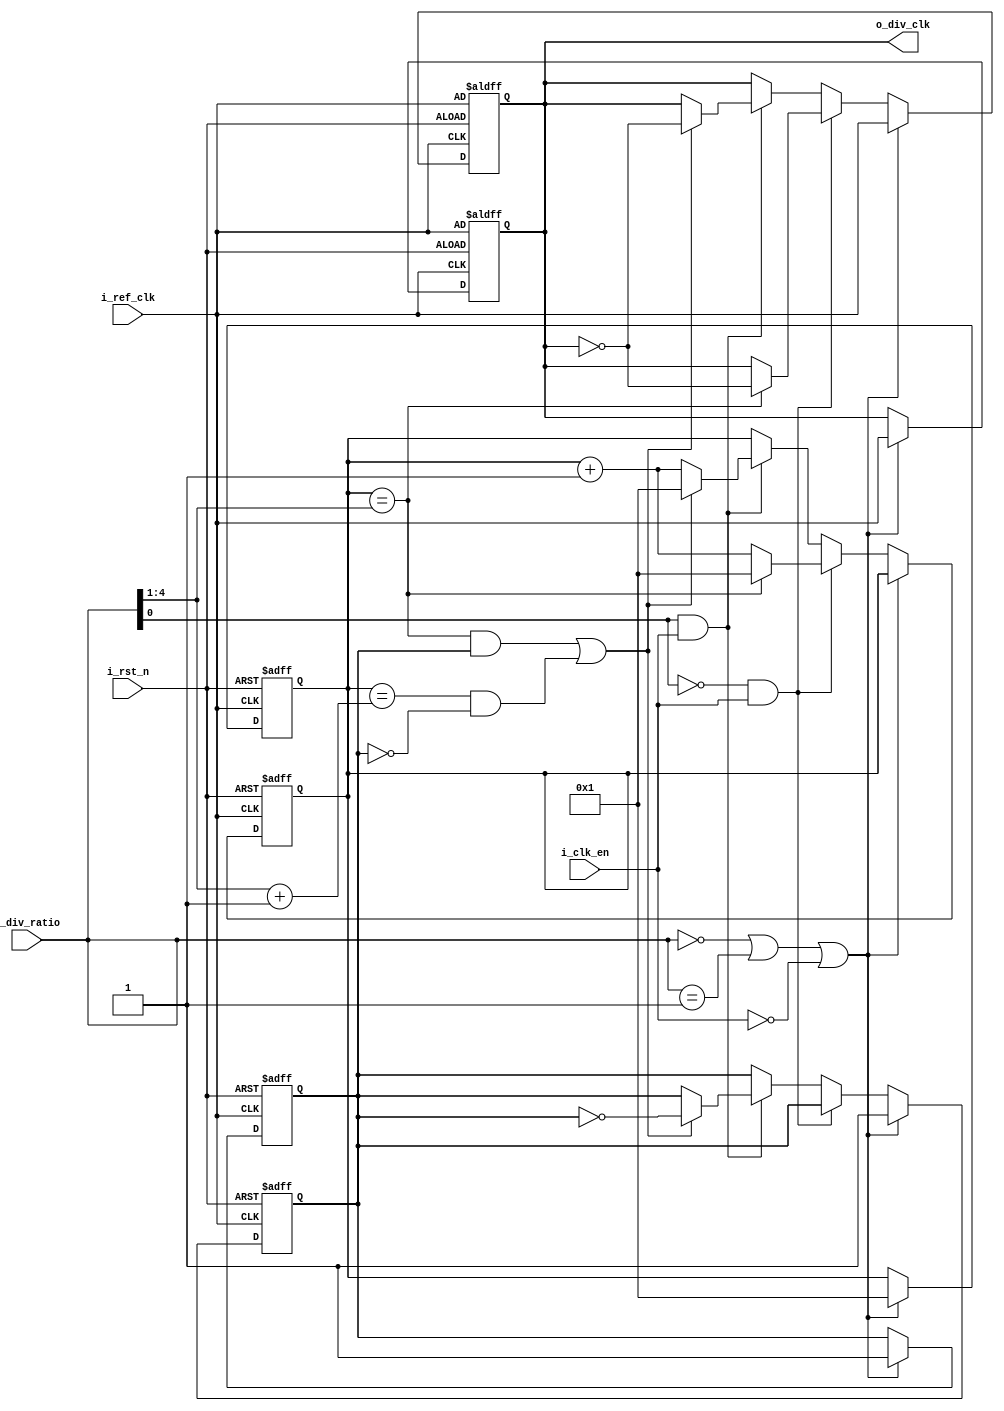
module CLOCK_DIVIDER #(parameter RATIO_WIDTH =5)(
input       wire                     i_ref_clk,
input       wire                     i_rst_n,
input       wire                     i_clk_en,
input       wire  [RATIO_WIDTH-1:0]  i_div_ratio,

output      reg                      o_div_clk
);

//counters
reg  [RATIO_WIDTH-1:0] COUNTER;
reg  ft_flag;
wire [RATIO_WIDTH-1:0] even_toggle;
wire [RATIO_WIDTH-1:0] First_odd_toggle;
wire [RATIO_WIDTH-1:0] Second_odd_toggle;

always@(posedge i_ref_clk or negedge i_rst_n)
    begin
       if(!i_rst_n)
        begin 
         o_div_clk<=i_ref_clk;
         COUNTER<='b1;
         ft_flag<='b1;
        end
       else if(i_div_ratio=='d0 || i_div_ratio=='d1 || !i_clk_en)
        begin 
         o_div_clk<=i_ref_clk;
         ft_flag<='b1;
        end
       else if(!(i_div_ratio[0]) && i_clk_en )                             //Even Ratio
        begin
          if(COUNTER == even_toggle)
           begin
             COUNTER<='b1;
             o_div_clk=~o_div_clk; 
           end
         else
            begin
              COUNTER<=COUNTER+1;
            end
        end

       else if(i_div_ratio[0] && i_clk_en)                              //Odd Ratio
        begin
          if(((COUNTER==First_odd_toggle)&&ft_flag)||((COUNTER==Second_odd_toggle)&&!ft_flag))
            begin
              ft_flag<=~ft_flag;
              o_div_clk<=~o_div_clk;
              COUNTER<='b1;
            end
          else
            begin
              COUNTER<=COUNTER+1;
            end  
        end   
     end


always@(negedge i_ref_clk or negedge i_rst_n)
    begin
       if(!i_rst_n)
        begin 
         ft_flag<='b1;
         o_div_clk<=i_ref_clk;
         COUNTER<='b1;
         end
       else if(i_div_ratio=='d0 || i_div_ratio=='d1 || !i_clk_en)
        begin 
        o_div_clk<=i_ref_clk;
        ft_flag<='b1;
        COUNTER<='b1;
        end   
      end

assign even_toggle = i_div_ratio >>1;
assign First_odd_toggle = i_div_ratio >>1;
assign Second_odd_toggle = (i_div_ratio >>1)+1;

endmodule